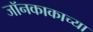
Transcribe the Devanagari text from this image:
जॉनकाकाच्या